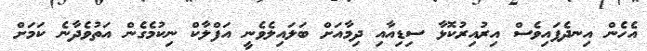
އެހެން އިނދެފައިވެސް އިރުއިރުކޮޅާ ސިޑިއާއި ދިމާއަށް ބަލައިލެވެނީ އަފްލާކް ނިކުމެގެން އަތުވެދާނެ ކަމަށް